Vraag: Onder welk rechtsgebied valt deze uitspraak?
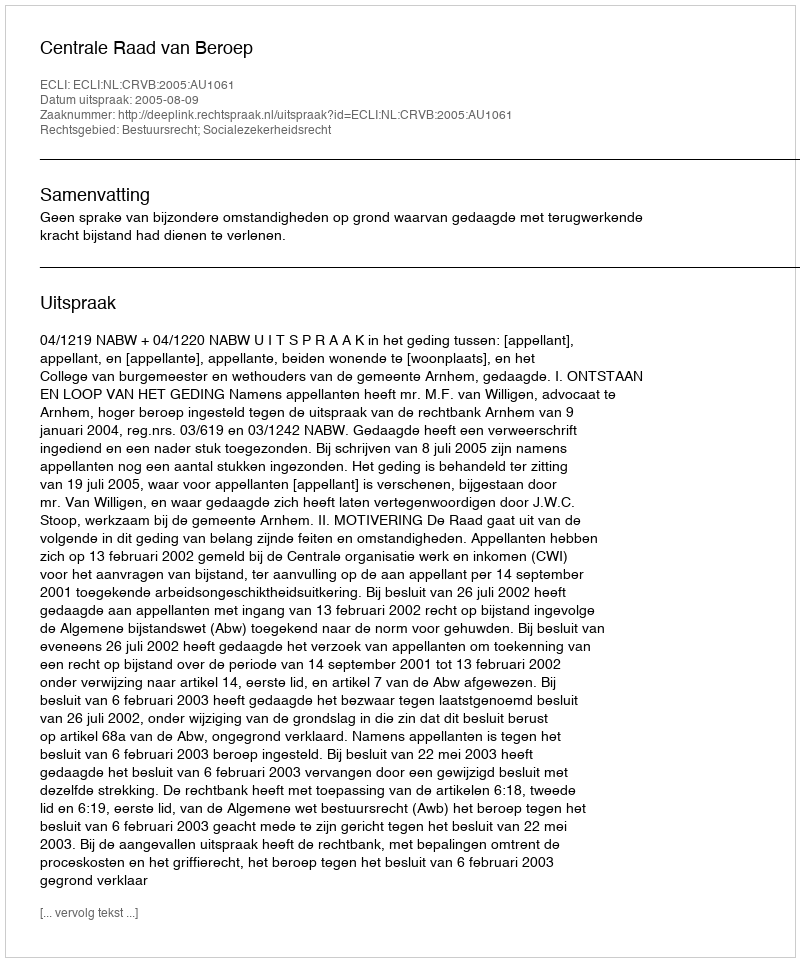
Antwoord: Bestuursrecht; Socialezekerheidsrecht